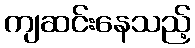
ကျဆင်းနေသည့်